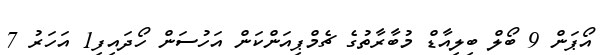
އޯޕަން 9 ބޯލް ބިލިއާޑް މުބާރާތުގެ ޗެމްޕިއަންކަން އަހުސަން ހޯދައިފި1 އަހަރު 7